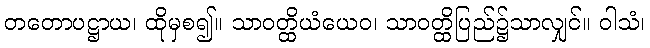
တတောပဋ္ဌာယ၊ ထိုမှစ၍။ သာဝတ္ထိယံယေဝ၊ သာဝတ္ထိပြည်၌သာလျှင်။ ဝါသံ၊